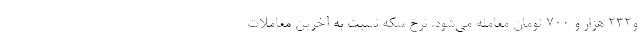
و۲۳۲ هزار و ۷۰۰ تومان معامله می‌شود. نرخ سکه نسبت به آخرین معاملات